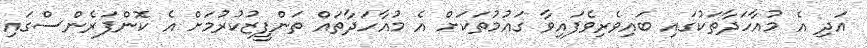
އަދި އެ މުއާހަދާތަކުގައި ބައިވެރިވެފައިވާ ގައުމުތަކަށް އެ މުއާހަދާތައް ތަންފީޒުކުރުމަށް އެ ކޮންފަރެންސްގައި